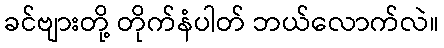
ခင်ဗျားတို့ တိုက်နံပါတ် ဘယ်လောက်လဲ။